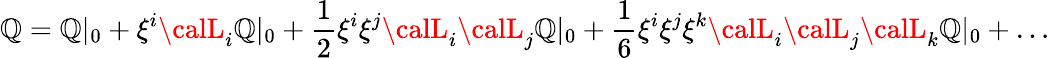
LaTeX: \mathbb{Q}=\mathbb{Q}|_{0}+\xi^{i}{\calL}_{i}\mathbb{Q}|_{0}+\frac{1}{2}\xi^{i}\xi^{j}{\calL}_{i}{\calL}_{j}\mathbb{Q}|_{0}+\frac{1}{6}\xi^{i}\xi^{j}\xi^{k}{\calL}_{i}{\calL}_{j}{\calL}_{k}\mathbb{Q}|_{0}+\ldots